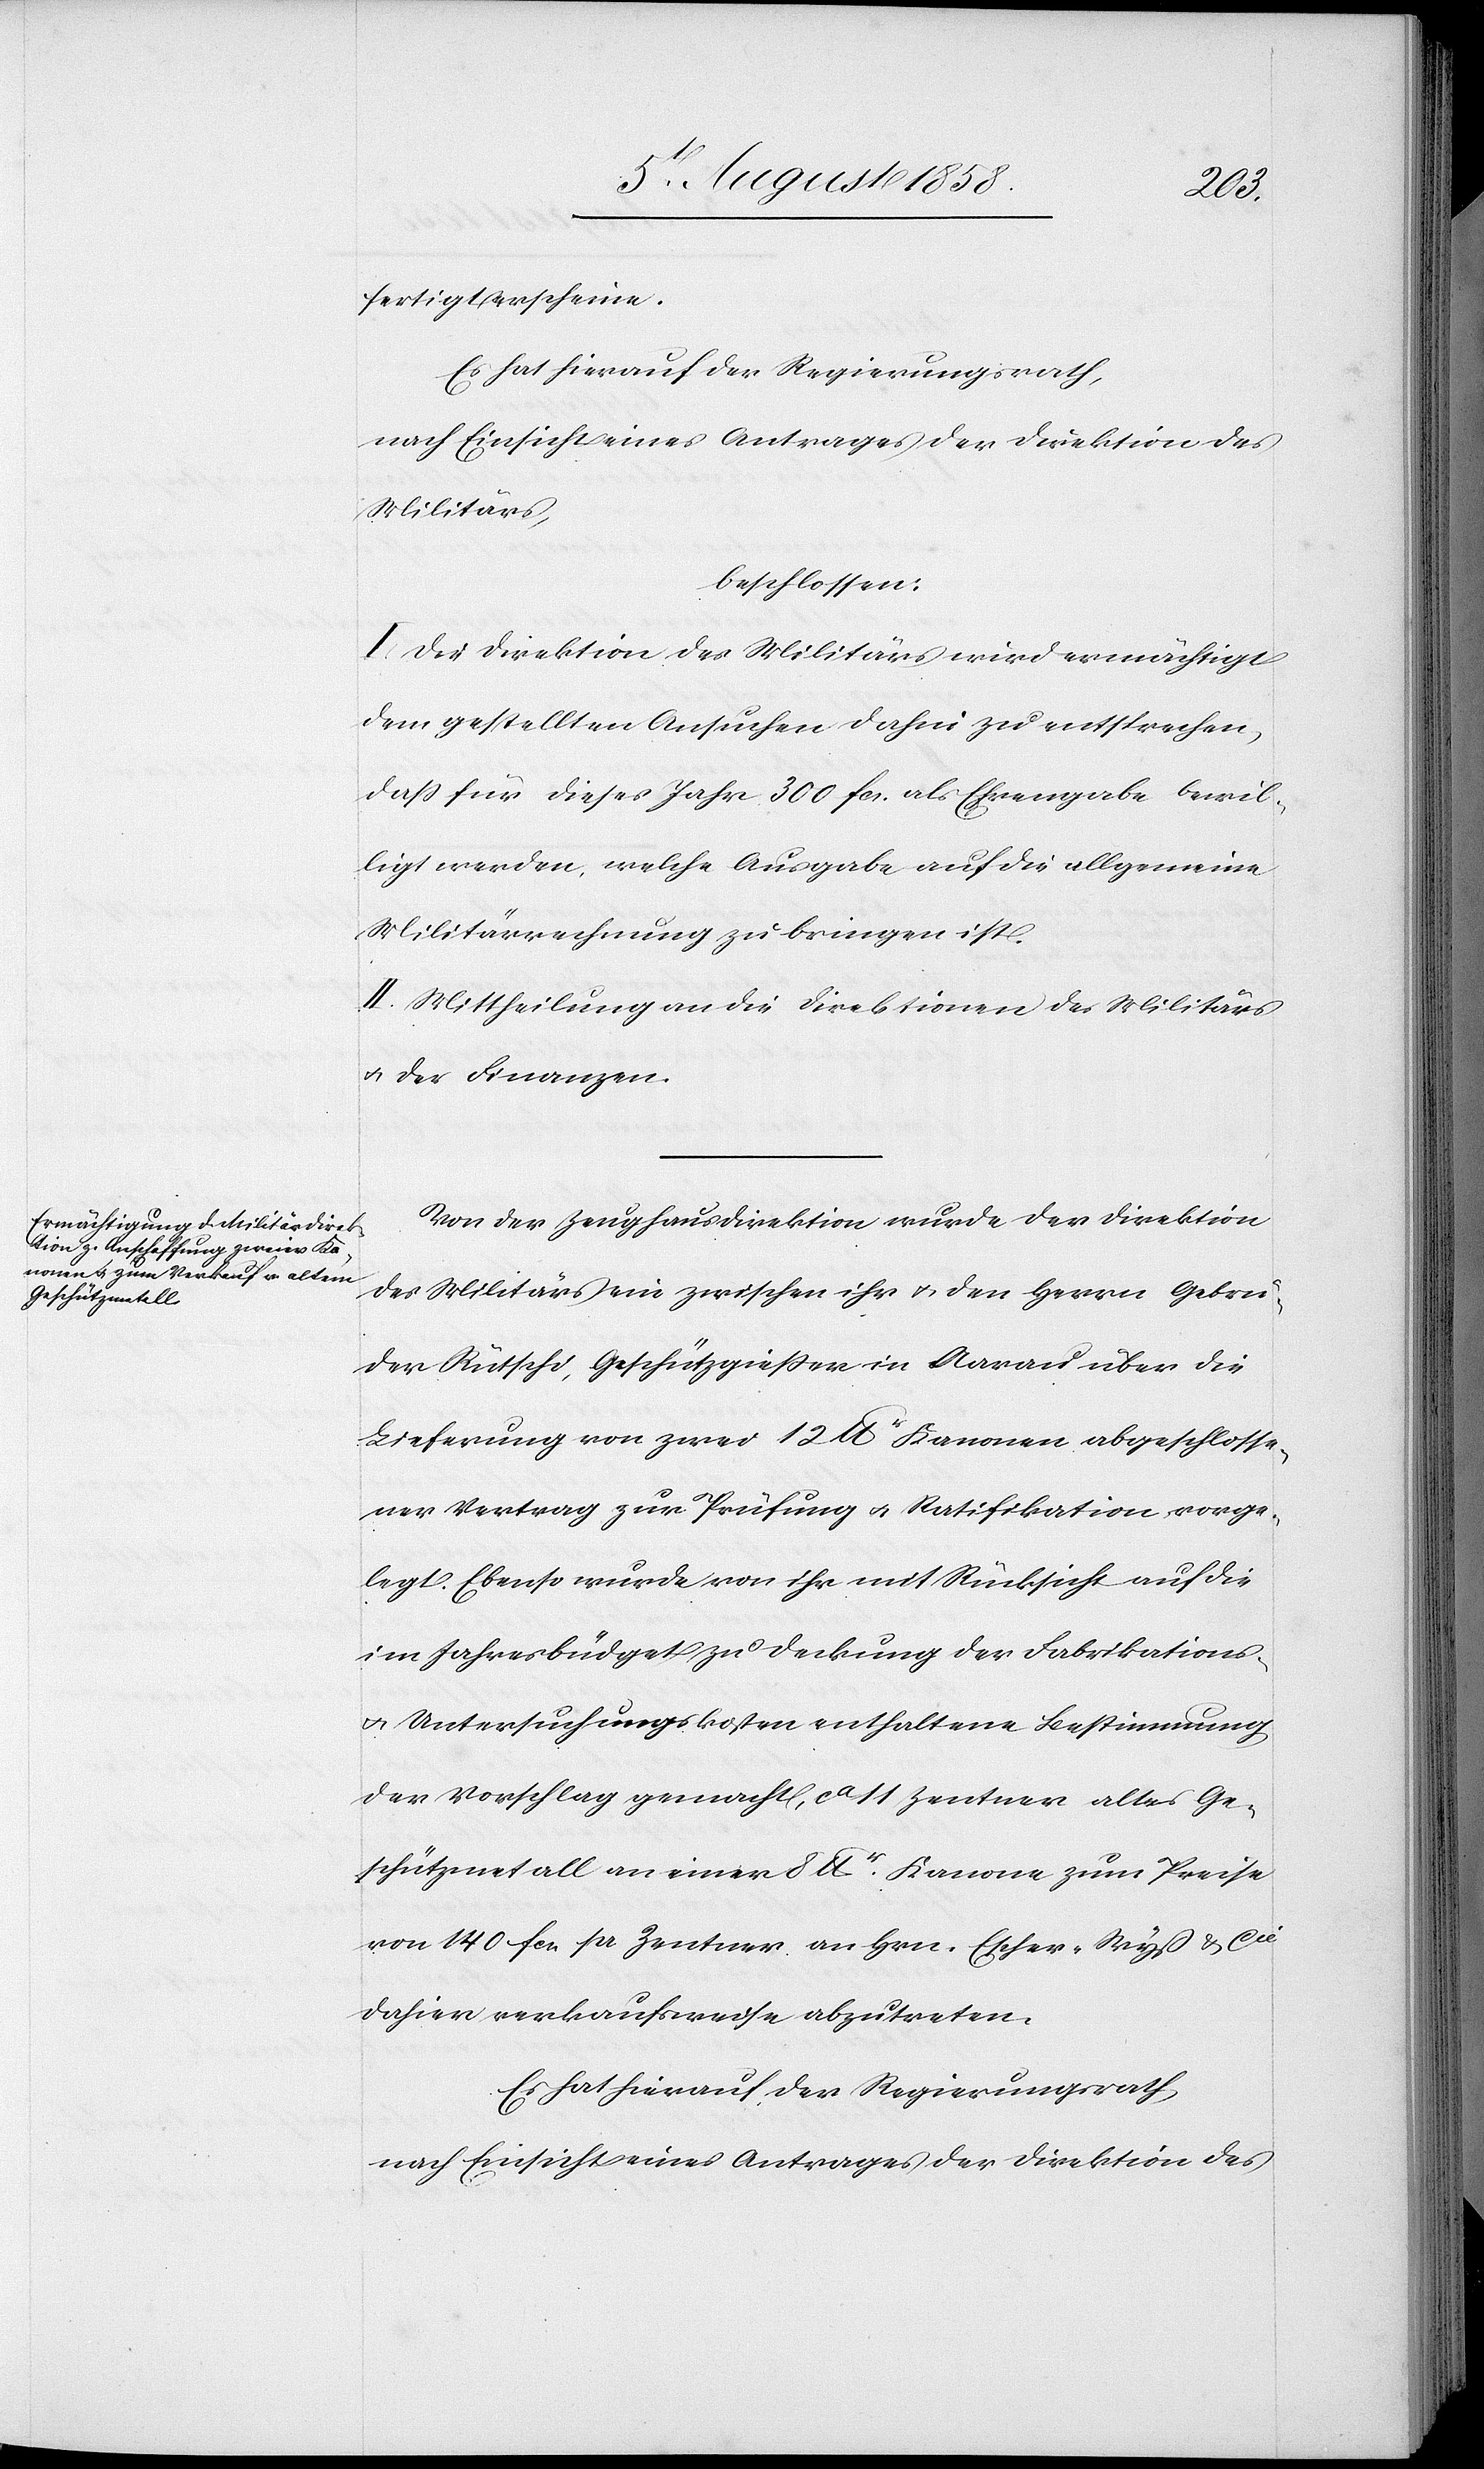
fertigt erscheine.
Es hat hierauf der Regierungsrath,
nach Einsicht eines Antrages der Direktion des
Militärs,
beschlossen:
I. Die Direktion des Militärs wird ermächtigt
dem gestellten Ansuchen dahin zu entsprechen,
dass für dieses Jahr 300 fcs. als Ehrengabe bewil¬
ligt werden, welche Ausgabe auf die allgemeine
Militärrechnung zu bringen ist.
II. Mittheilung an die Direktionen des Militärs
& der Finanzen.
Von der Zeughausdirektion wurde der Direktion
des Militärs ein zwischen ihr & den Herrn Gebrü¬
der Rütschi, Geschützgießer in Aarau über die
Lieferung von zwei 12 lbr Kanonen abgeschlosse¬
ner Vertrag zur Prüfung & Ratifikation vorge¬
legt. Ebenso wurde von ihr mit Rücksicht auf die
im Jahresbüdget zu Deckung der Fabrikations-
& Untersuchungskosten enthaltene Bestimmung
der Vorschlag gemacht, ca 11 Zentner altes Ge¬
schützmetall an einer 8 lbr. Kanone zum Preise
von 140 fcs. pr Zentner an Hrn. Escher-Wyß & Cie
dahier verkaufsweise abzutreten.
Es hat hierauf der Regierungsrath,
nach Einsicht eines Antrages der Direktion des